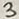
Text: 3